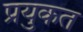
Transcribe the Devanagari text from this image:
प्रयुकत